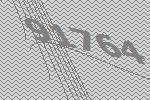
91764